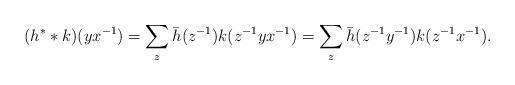
LaTeX: \begin{align*}(h^**k)(yx^{-1}) = \sum_z \bar h(z^{-1})k(z^{-1}yx^{-1}) = \sum_z \bar h(z^{-1}y^{-1})k(z^{-1}x^{-1}).\end{align*}